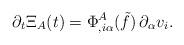
LaTeX: \begin{align*}\partial_t\Xi_A(t)=\Phi^A_{,i\alpha}(\tilde{f})\,\partial_{\alpha}v_i.\\\end{align*}